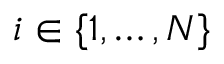
i \in \{ 1 , \ldots , N \}